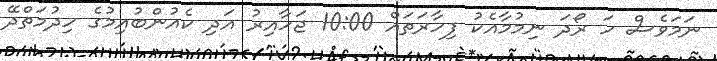
ނަމަވެސް ހަ ރޯދަ ނިމުމާއެކު ފިހާރަތައް 10:00 ޖަހާއިރު އަދި ކެއުންބުއިމުގެ ހިދުމަތްދޭ